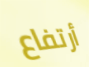
أرتفاع